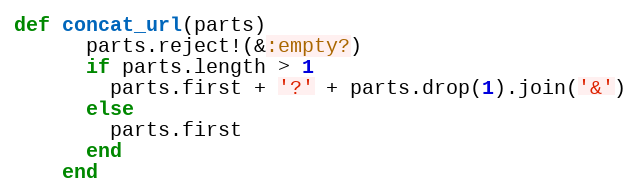
Language: Ruby
def concat_url(parts)
      parts.reject!(&:empty?)
      if parts.length > 1
        parts.first + '?' + parts.drop(1).join('&')
      else
        parts.first
      end
    end